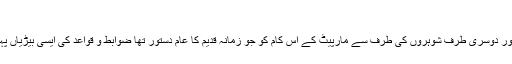
‘‘
ان آیات میں اللہ تعالیٰ نے ایک طرف خواتین کو موافقت پر ابھارا ہے اور دوسری طرف شوہروں کی طرف سے مارپیٹ کے اس کام کو جو زمانہ قدیم کا عام دستور تھا ضوابط و قواعد کی ایسی بیڑیاں پہنا دیں کہ یہ تشدد نہیں رہتا بلکہ گھر بچانے کا ایک عمل بن جاتا ہے ۔